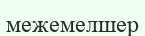
межемелшер